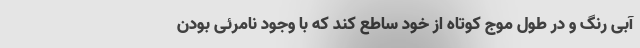
آبی رنگ و در طول موج کوتاه از خود ساطع کند که با وجود نامرئی بودن